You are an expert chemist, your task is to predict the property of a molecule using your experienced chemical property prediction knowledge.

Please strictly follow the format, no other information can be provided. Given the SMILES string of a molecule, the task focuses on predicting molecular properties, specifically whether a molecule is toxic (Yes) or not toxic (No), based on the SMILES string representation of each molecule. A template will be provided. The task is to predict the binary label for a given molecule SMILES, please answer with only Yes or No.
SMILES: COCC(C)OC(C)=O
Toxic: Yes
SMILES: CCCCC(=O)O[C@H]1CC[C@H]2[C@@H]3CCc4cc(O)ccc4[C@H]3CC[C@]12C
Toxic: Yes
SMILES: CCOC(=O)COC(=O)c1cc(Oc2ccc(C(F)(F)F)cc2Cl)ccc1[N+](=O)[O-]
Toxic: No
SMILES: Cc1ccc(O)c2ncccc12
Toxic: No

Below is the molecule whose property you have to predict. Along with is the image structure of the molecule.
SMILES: O=C(CCCN1CCC(n2c(=O)[nH]c3ccccc32)CC1)c1ccc(F)cc1
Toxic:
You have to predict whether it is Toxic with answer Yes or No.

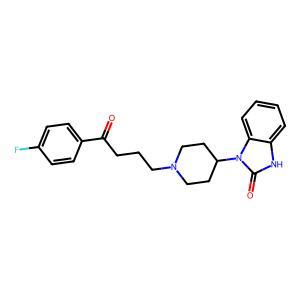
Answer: No